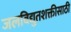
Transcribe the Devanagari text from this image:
जलविद्युतशक्तीसाठी